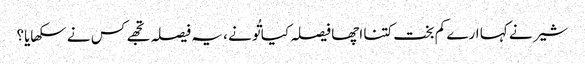
شیر نے کہا ارے کم بخت کتنا اچھا فیصلہ کیا تُو نے ، یہ فیصلہ تجھے کس نے سکھایا؟